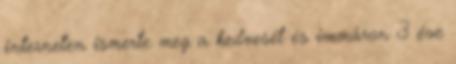
interneten ismerte meg a kedvesét és immáron 3 éve